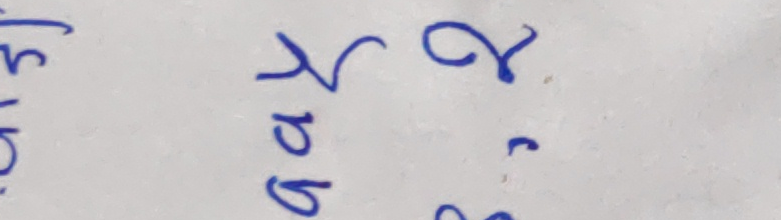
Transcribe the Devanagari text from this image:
त्रि क्षग २ २